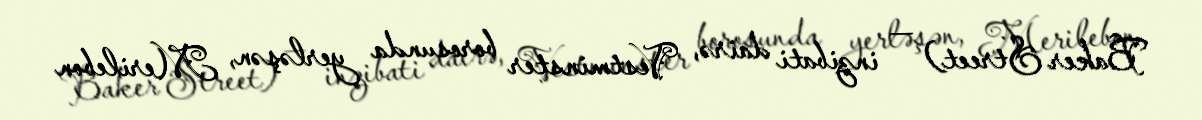
Baker Street) — inzibati dairə, Vestminster borosunda yerləşən, Merilebon